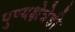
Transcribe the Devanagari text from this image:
पुण्यक्षेत्रेही